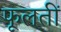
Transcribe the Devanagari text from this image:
फूलतीं